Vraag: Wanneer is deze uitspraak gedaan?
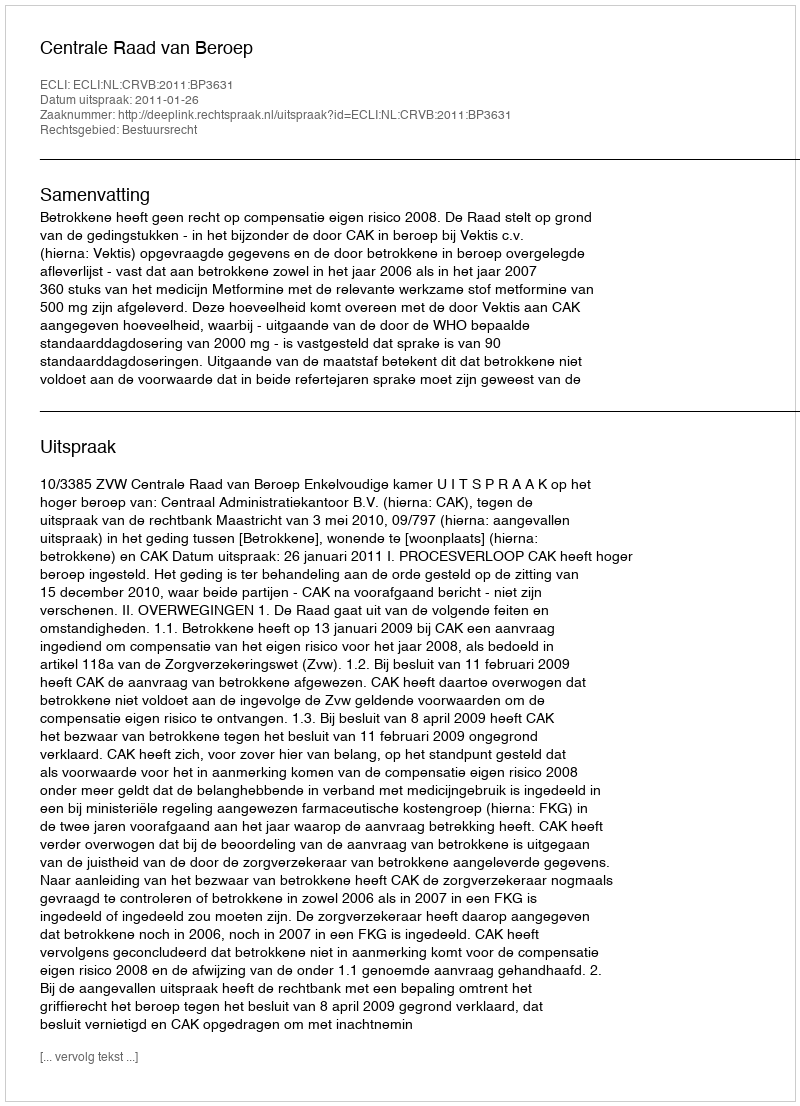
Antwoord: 2011-01-26